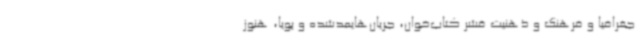
جغرافیا و فرهنگ و ذهنیت قشر کتاب‌خوان، جریان‌هایمدشده و پویا، هنوز